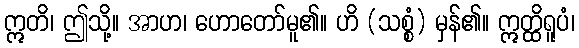
ဣတိ၊ ဤသို့။ အာဟ၊ ဟောတော်မူ၏။ ဟိ (သစ္စံ) မှန်၏။ ဣတ္ထိရူပံ၊